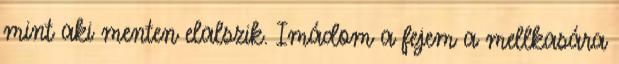
mint aki menten elalszik. Imádom a fejem a mellkasára